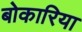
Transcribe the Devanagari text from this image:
बोकारिया